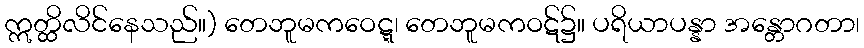
ဣတ္ထိလိင်နေသည်။) တေဘူမကဝေဋ္ဋ၊ တေဘူမကဝဋ်၌။ ပရိယာပန္နာ အန္တောဂတာ၊